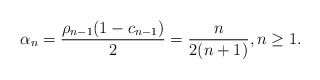
\begin{align*}\alpha_n = \dfrac{\rho_{n-1}(1-c_{n-1})}{2}=\dfrac{n}{2(n+1)}, n \geq 1.\end{align*}